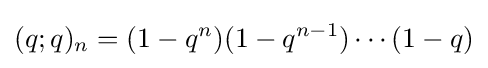
(q;q)_{n}=(1-q^{n})(1-q^{n-1})\cdots (1-q)